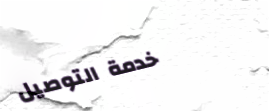
خدمة التوصيل